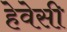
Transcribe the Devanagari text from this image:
हेवेसी